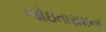
જોઇતારામના